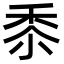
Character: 𮮑